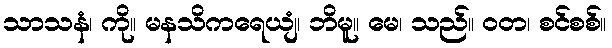
သာသနံ၊ ကို။ မနသိကရေယျံ၊ ဘိမူ။ မေ၊ သည်။ ဝတ၊ စင်စစ်။